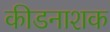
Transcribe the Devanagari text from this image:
कीडनाशक